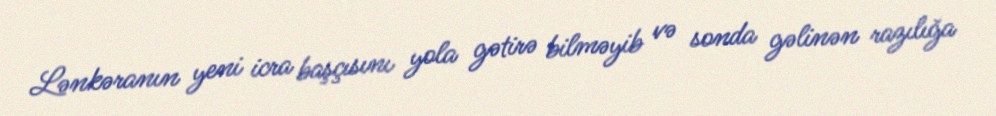
Lənkəranın yeni icra başçısını yola gətirə bilməyib və sonda gəlinən razılığa